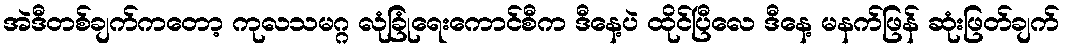
အဲဒီတစ်ချက်ကတော့ ကုလသမဂ္ဂ လုံခြုံရေးကောင်စီက ဒီနေ့ပဲ ထိုင်ပြီလေ ဒီနေ့ မနက်ဖြန် ဆုံးဖြတ်ချက်